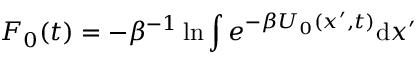
F _ { 0 } ( t ) = - \beta ^ { - 1 } \ln \int e ^ { - \beta U _ { 0 } ( { \boldsymbol { x } } ^ { \prime } , t ) } \mathrm { d } { \boldsymbol { x } } ^ { \prime }